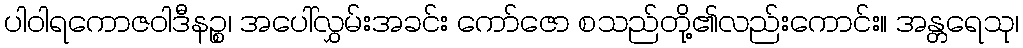
ပါဝါရကောဇဝါဒီနဉ္စ၊ အပေါ်လွှမ်းအခင်း ကော်ဇော စသည်တို့၏လည်းကောင်း။ အန္တရေသု၊